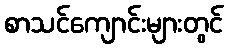
စာသင်ကျောင်းများတွင်